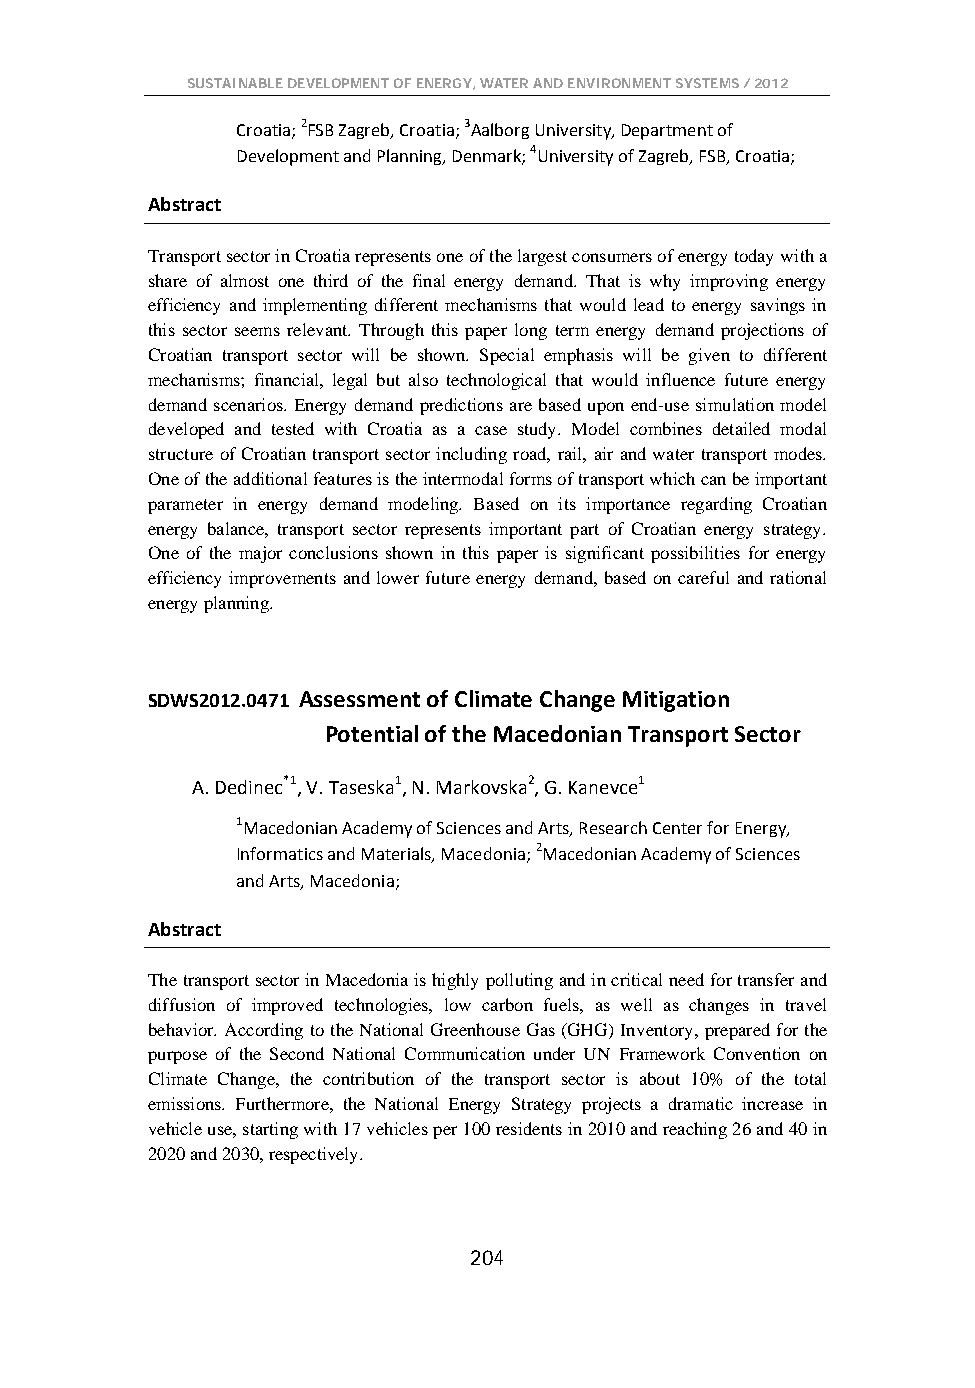
SUSTAINABLE DEVELOPMENT OF ENERGY, WATER AND ENVIRONMENT SYSTEMS / 2012
 Croatia; 2FSB Zagreb, Croatia; 3Aalborg University, Department of
 Development and Planning, Denmark; 4University of Zagreb, FSB, Croatia;
 Abstract
 Transport sector in Croatia represents one of the largest consumers of energy today with a
 share of almost one third of the final energy demand. That is why improving energy
 efficiency and implementing different mechanisms that would lead to energy savings in
 this sector seems relevant. Through this paper long term energy demand projections of
 Croatian transport sector will be shown. Special emphasis will be given to different
 mechanisms; financial, legal but also technological that would influence future energy
 demand scenarios. Energy demand predictions are based upon end-use simulation model
 developed and tested with Croatia as a case study. Model combines detailed modal
 structure of Croatian transport sector including road, rail, air and water transport modes.
 One of the additional features is the intermodal forms of transport which can be important
 parameter in energy demand modeling. Based on its importance regarding Croatian
 energy balance, transport sector represents important part of Croatian energy strategy.
 One of the major conclusions shown in this paper is significant possibilities for energy
 efficiency improvements and lower future energy demand, based on careful and rational
 energy planning.
 SDWS2012.0471 Assessment of Climate Change Mitigation
 Potential of the Macedonian Transport Sector
 A. Dedinec*1, V. Taseska1, N. Markovska2, G. Kanevce1
 1Macedonian Academy of Sciences and Arts, Research Center for Energy,
 Informatics and Materials, Macedonia; 2Macedonian Academy of Sciences
 and Arts, Macedonia;
 Abstract
 The transport sector in Macedonia is highly polluting and in critical need for transfer and
 diffusion of improved technologies, low carbon fuels, as well as changes in travel
 behavior. According to the National Greenhouse Gas (GHG) Inventory, prepared for the
 purpose of the Second National Communication under UN Framework Convention on
 Climate Change, the contribution of the transport sector is about 10% of the total
 emissions. Furthermore, the National Energy Strategy projects a dramatic increase in
 vehicle use, starting with 17 vehicles per 100 residents in 2010 and reaching 26 and 40 in
 2020 and 2030, respectively.
 204